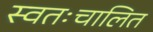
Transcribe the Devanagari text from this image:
स्वतःचालित